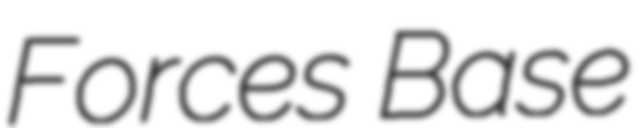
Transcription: Forces Base